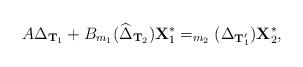
LaTeX: \begin{align*} A\Delta_{{\bf T}_1}+B_{m_1}(\widehat\Delta_{{\bf T}_2}) {\bf X}_1^* = _{m_2}(\Delta_{{\bf T}_1'}) {\bf X}_2^*, \end{align*}